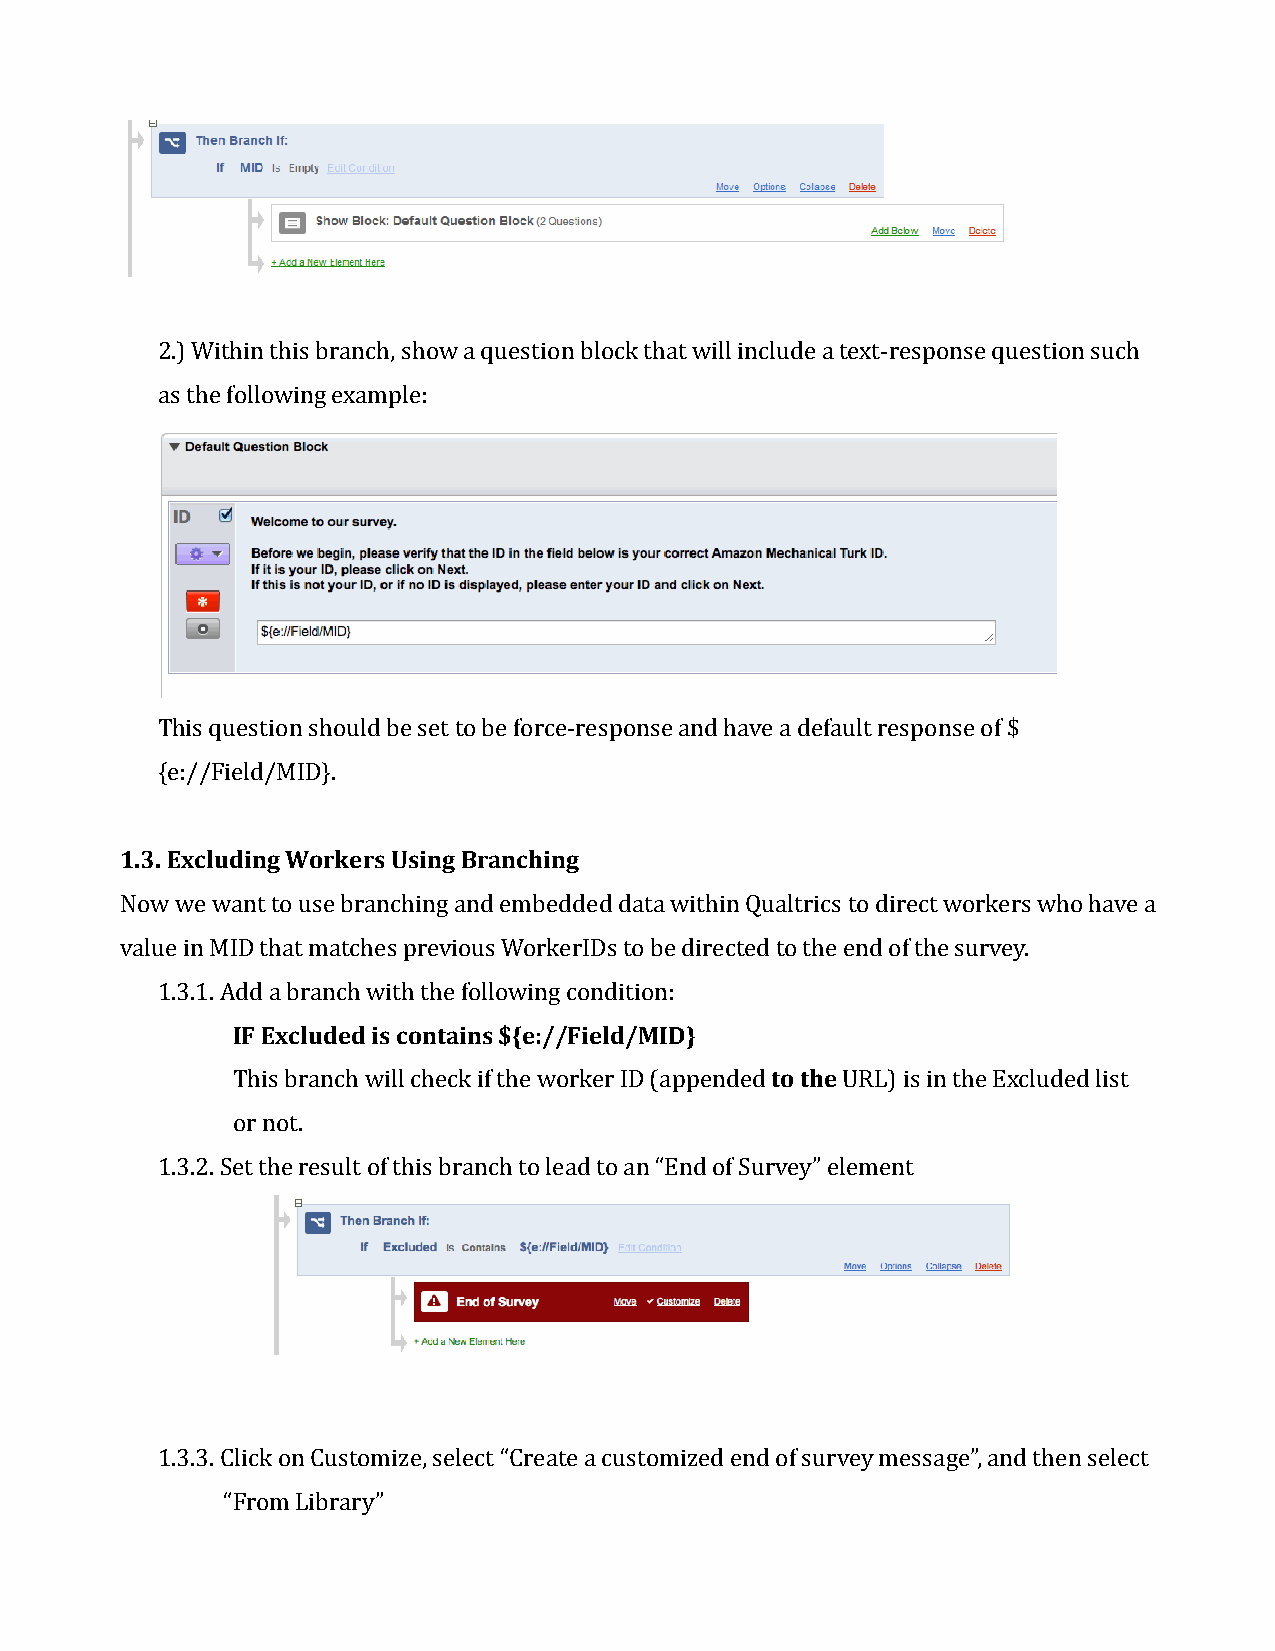
2.) Within this branch, show a question block that will include a text-response question such
 as the following example:
 This question should be set to be force-response and have a default response of $
 {e://Field/MID}.
 1.3. Excluding Workers Using Branching
 Now we want to use branching and embedded data within Qualtrics to direct workers who have a
 value in MID that matches previous WorkerIDs to be directed to the end of the survey.
 1.3.1. Add a branch with the following condition:
 IF Excluded is contains ${e://Field/MID}
 This branch will check if the worker ID (appended to the URL) is in the Excluded list
 or not.
 1.3.2. Set the result of this branch to lead to an “End of Survey” element
 1.3.3. Click on Customize, select “Create a customized end of survey message”, and then select
 “From Library”